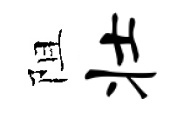
阻壮